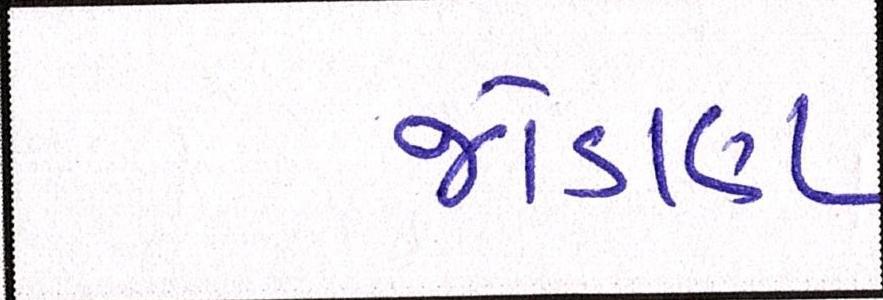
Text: જોડાણ